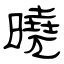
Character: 曉